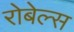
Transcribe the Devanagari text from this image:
रोबेल्स